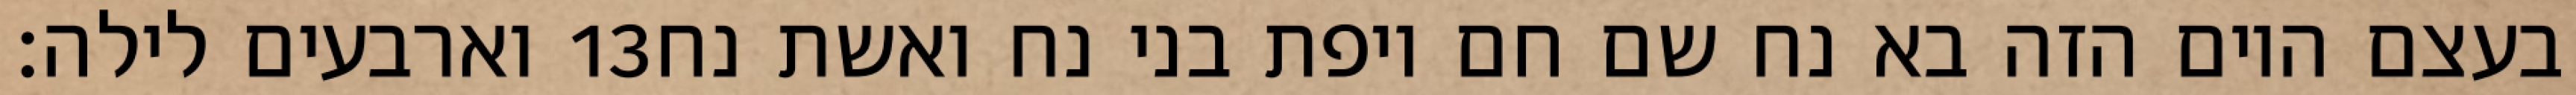
וארבעים לילה׃ ‎13‏ בעצם היום הזה בא נח שם חם ויפת בני נח ואשת נח